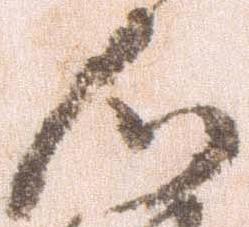
心